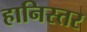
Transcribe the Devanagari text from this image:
हानिस्तर